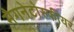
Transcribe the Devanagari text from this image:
मैगनेटोस्फीयर